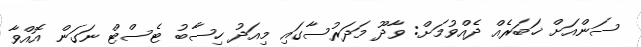
ސަންއަށް ޚަބަރެއް ދެއްވުމަށް: ވާދޫ މަދަރުސާގައި މިއަދު ހިސާބު ޓެސްޓް ނަގަން އޮއްވާ